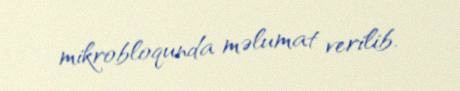
mikrobloqunda məlumat verilib.